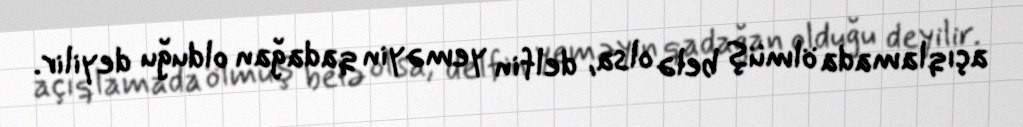
açıqlamada ölmüş belə olsa, delfin yeməyin qadağan olduğu deyilir.